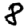
Digit: 8